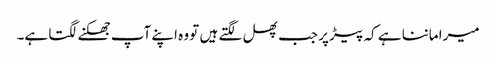
میرا ماننا ہے کہ پیڑ پر جب پھل لگتے ہیں تو وہ اپنے آپ جھکنے لگتا ہے۔